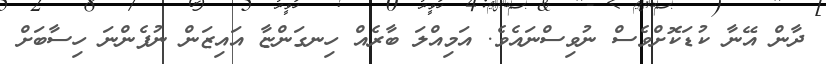
ދާން އޭނާ ކުޑަކޮށްވެސް ނުވިސްނައެވެ. އަމިއްލަ ބާރެއް ހިނގަންޏާ އައިޒަން ނުފެންނަ ހިސާބަށް